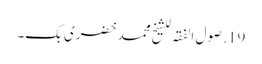
19. صول الفقہ للشیخ محمد خضری بک۔